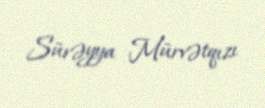
Sürəyya Mürvətqızı